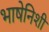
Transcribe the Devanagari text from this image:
भाषेनिशी